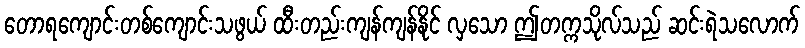
တောရကျောင်းတစ်ကျောင်းသဖွယ် ထီးတည်းကျန်ကျန်နိုင် လှသော ဤတက္ကသိုလ်သည် ဆင်းရဲသလောက်